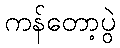
ကန်တော့ပွဲ